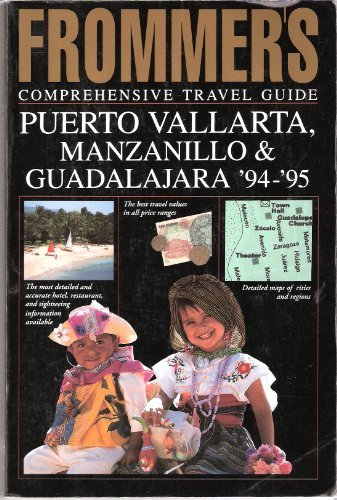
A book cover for Frommer's Comprehensive Travel Guide: Puerto Vallarta, Manzanillo & Guadalajara '94-'95 (Frommer's Puerto Vallarta); Marita Adair; Travel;